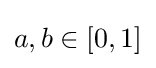
a,b\in [0,1]